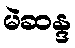
မဲဆန္ဒ